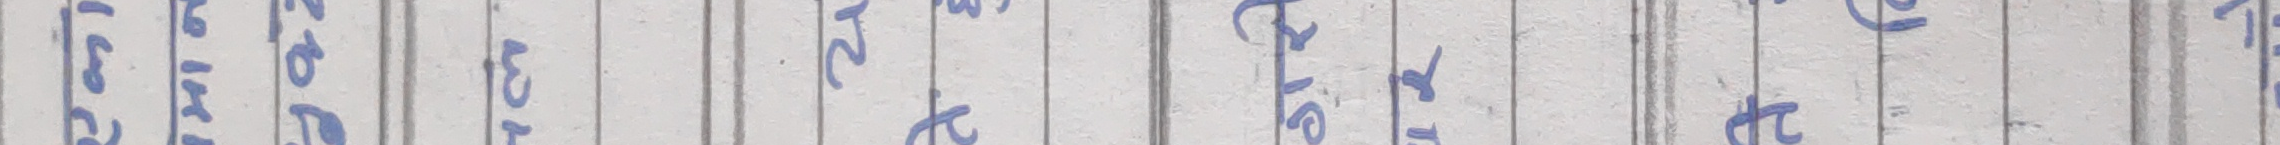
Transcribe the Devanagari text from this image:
८३८१ ९०९३ २७३१ २५२२ ०८०३ ९०८७ ८५१० १७३२ ९